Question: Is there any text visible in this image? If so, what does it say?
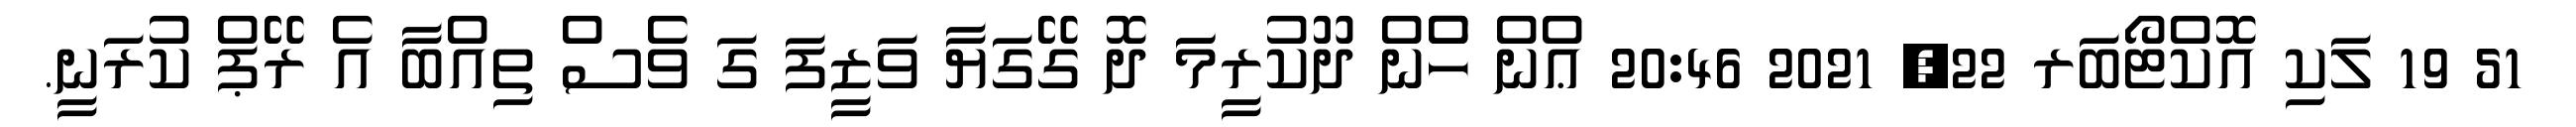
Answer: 51 19 ލަކި އޮކްޓޯބަރ 22, 2021 20:46 ޢްން ހެުން ދޫކުރީމަަ ދޮ ގޭގަޔާ ވަޒީފަ ގަ ވެސް ތިއްބާ އެ ރޭޕް ކުރަނީ.